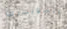
السويسري